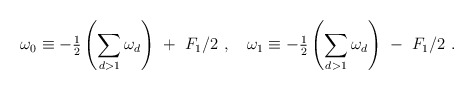
\begin{align*}\omega_0 \equiv - {{\textstyle\frac{1}{2}}}\left({\displaystyle\sum_{d>1} \omega_d} \right) \ + \ F_1/2 \ ,\quad\omega_1 \equiv - {{\textstyle\frac{1}{2}}}\left({\displaystyle\sum_{d>1} \omega_d} \right) \ - \ F_1/2 \ .\end{align*}